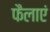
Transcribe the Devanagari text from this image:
फैलाएं